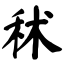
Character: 秫